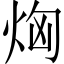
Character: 𤈤